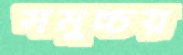
সমুচ্চয়